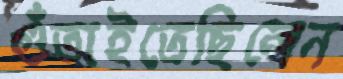
গুঁতাইতেছিলেন